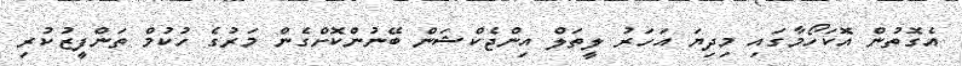
އެގޮތުން އޮކަހޯމާގައި މިދިޔަ އަހަރު ލީތަލް އިންޖެކްޝަން ބޭނުންކޮށްގެން މަރުގެ ހުކުމް ތަންފީޒުކުރި